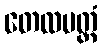
တေလပတ္တံ